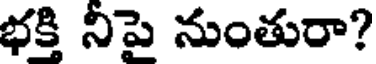
భక్తి నిపై నుంతురా?